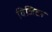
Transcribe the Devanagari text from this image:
विजिटर